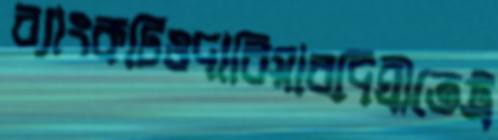
ব্যাংকটিওদারিয়ারদিঘীতেট্র